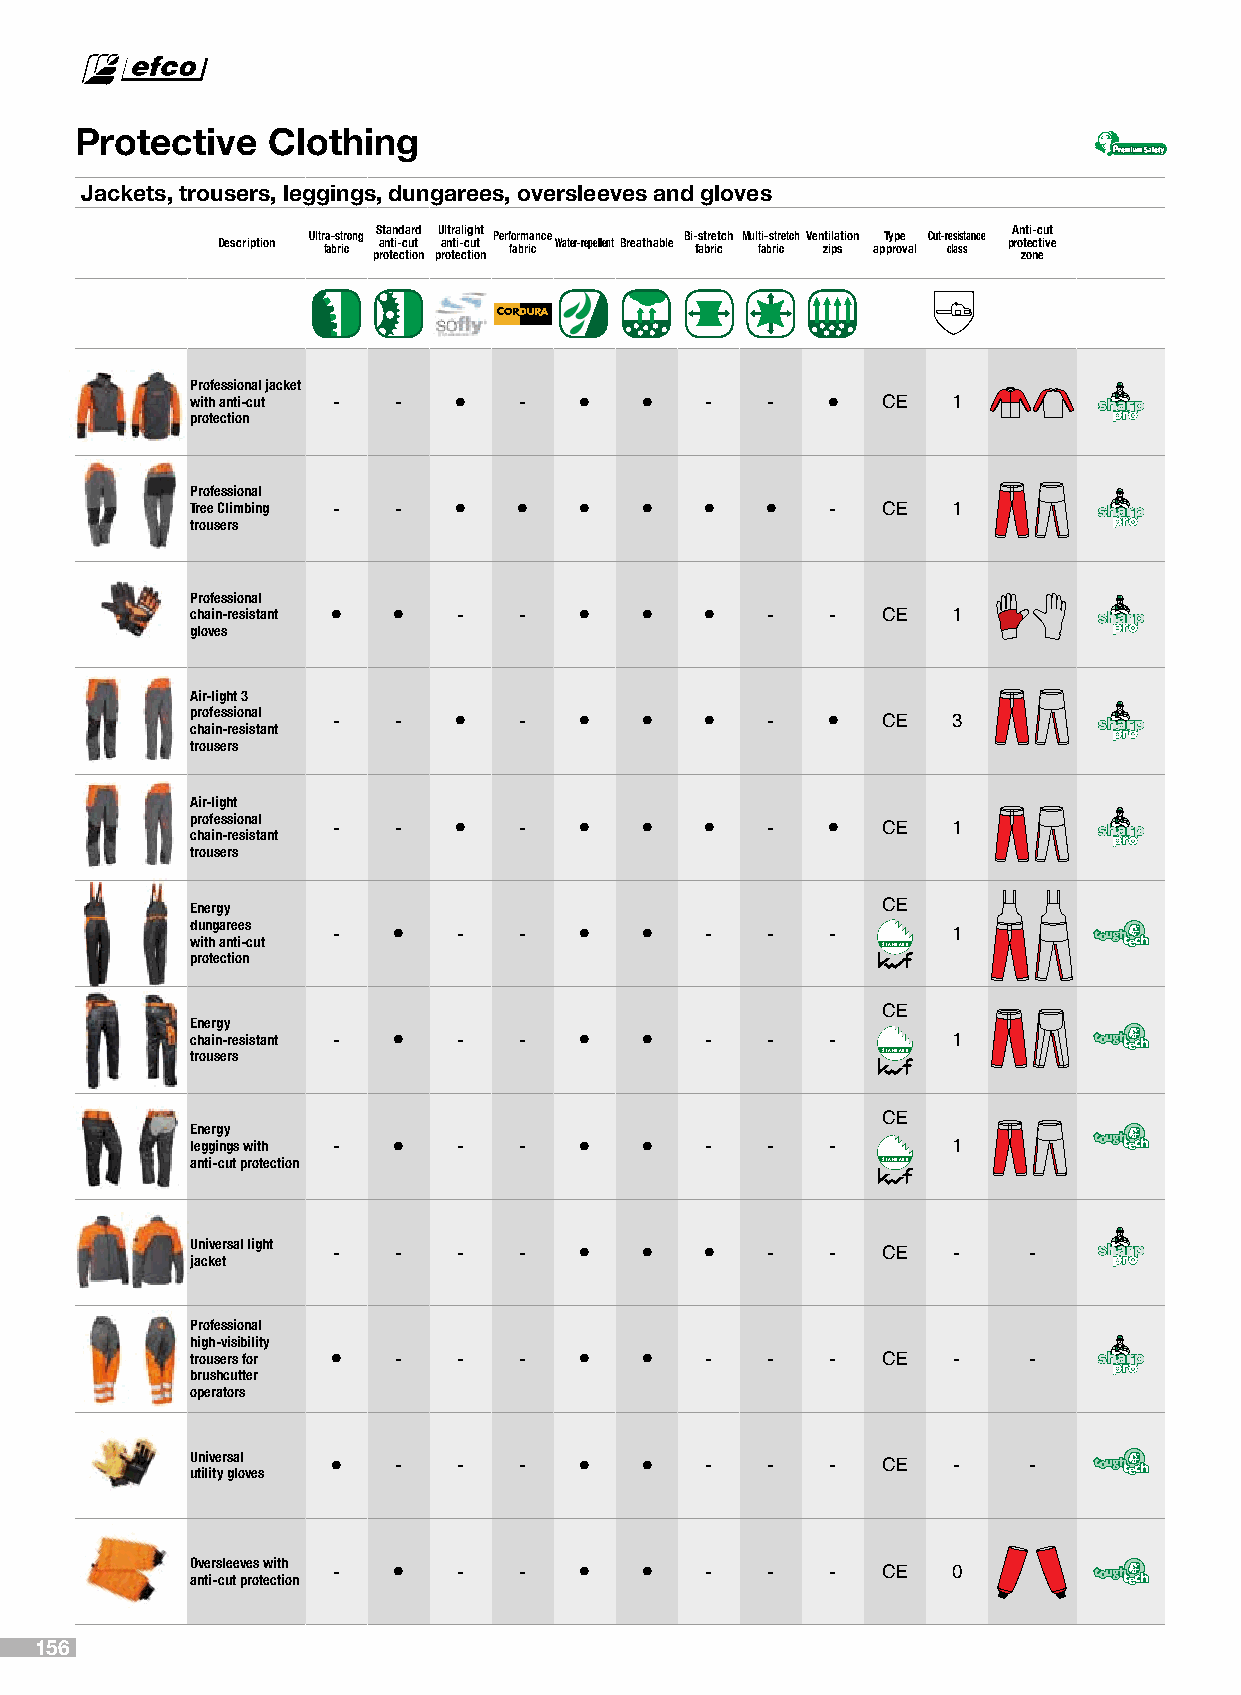
Protective   Clothing
 Jackets, trousers, leggings, dungarees, oversleeves and gloves     VVeerrddee scchuiaroro c c9100 -0 m - 0m -0 y -8 y59 -5 k -5 k00
 Description Ultr fa a- bs rt ir cong pS a rt ona ttn ei-d cca tu ir otd n pU a rl ontr tta ei- cli c tg u ih ot nt Perf fo ar bm ria cnce Water-repellentBreathable Bi- fas btr re ictch Mul ft ai- bs rt ir cetch Ven zt ii pla stion apT py rp oe v al Cut-r ce ls ai ss stance pA ron ztt oei n- cc etu ivt e
 Professional jacket
 with anti-cut - - •  -   •   •    -   -   •  CE   1
 protection
 Professional
 Tree Climbing - - •  •   •   •   •    •   -  CEOleoMac_dise 1gno protezione_guanti antitaglio
 trousers
 Professional
 chain-resistant • • - -  •   •   •    -   -  CE   1
 gloves
 Air-light 3
 professional - - •   -   •   •   •    -   •  CE   3
 chain-resistant
 trousers
 Air-light
 professional - - •   -   •   •   •    -   •  CE   1
 chain-resistant
 trousers
 Energy                                       CE
 dungarees -  •   -   -   •   •    -   -   -       1
 with anti-cut
 STANDARD
 protection
 CE
 Energy
 chain-resistant - • - -  •   •    -   -   -       1
 trousers                                     STANDARD
 CE
 Energy
 leggings with - • -  -   •   •    -   -   -       1
 anti-cut protection                          STANDARD
 Universal light - - - -  •   •   •    -   -  CE   -    -
 jacket
 Professional
 high-visibility
 trousers for • - -   -   •   •    -   -   -  CE   -    -
 brushcutter
 operators
 Universal •  -   -   -   •   •    -   -   -  CE   -    -
 utility gloves
 Oversleeves with - • - - •   •    -   -   -  CE   0
 anti-cut protection
 156